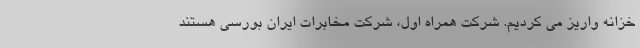
خزانه واریز می کردیم. شرکت همراه اول، شرکت مخابرات ایران بورسی هستند